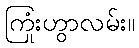
ကြုံးဟွာလမ်း။